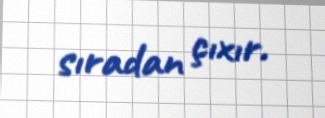
sıradan çıxır.